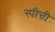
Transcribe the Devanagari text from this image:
स्पीत्ती